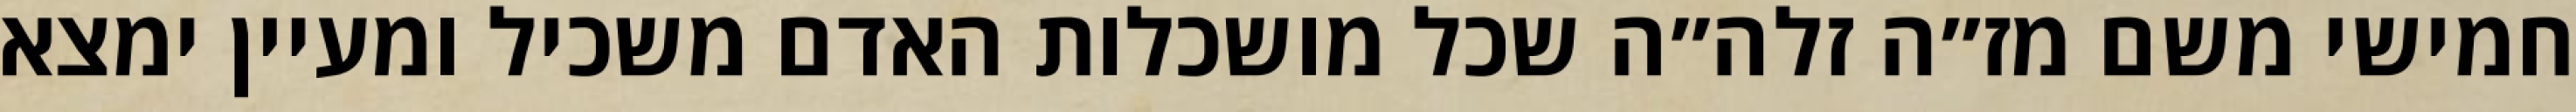
חמישי משם מז״ה זלה״ה שכל מושכלות האדם משכיל ומעיין ימצא